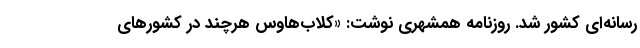
رسانه‌ای کشور شد. روزنامه همشهری نوشت: «کلاب‌هاوس هرچند در کشورهای